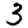
Digit: 3